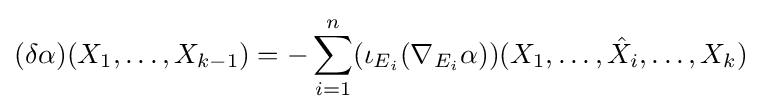
(\delta \alpha )(X_{1},\ldots ,X_{k-1})=-\sum _{i=1}^{n}(\iota _{E_{i}}(\nabla _{E_{i}}\alpha ))(X_{1},\ldots ,{\hat {X}}_{i},\ldots ,X_{k})